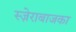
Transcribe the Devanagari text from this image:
स्ज़ेराबाजका